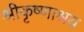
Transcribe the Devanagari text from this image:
श्रीकृष्णाश्रय